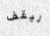
ليقف